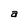
Character: a